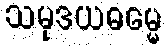
သမုဒယဓမ္မေ